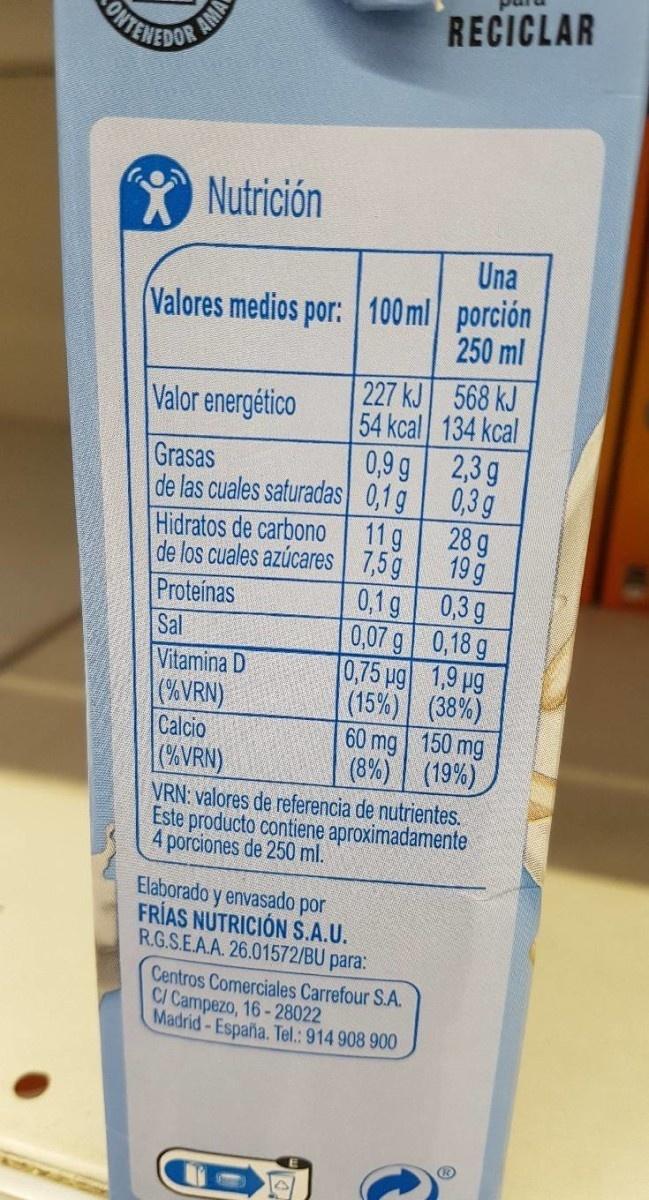
pur
AMA ONEWEDOR
RECICLAR
Nutrición
Una
Valores medios por: 100 ml porción 250 ml
227 kJ 568 kJ 54 kcal 134 kcal 0,9 g 2,3 g de las cuales saturadas 0,1 g 0,3g 28 g
Valor energético
Grasas
Hidratos de carbono de los cuales azúcares Proteínas
11g
7,5 g
19 g
0,1 g 0,3 g 0,07 g 0,18 g 0,75 ug 1,9 pg (15%) (38%) 60 mg | 150 mg (8%) (19%)
Sal
Vitamina D (%VRN) Calcio (AVRN)
VRN: valores de referencia de nutrientes. Este producto contiene aproximadamente 4 porciones de 250 ml.
Elaborado y envasado por FRÍAS NUTRICIÓN S.A.U. R.G.S.E.A.A. 26.01572/BU para:
Centros Comerciales Carrefour S.A. C/ Campezo, 16-28022 Madrid-España. Tel.: 914 908 900